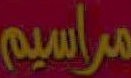
مراسيم